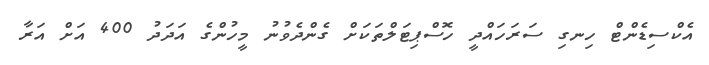
އެކްސިޑެންޓް ހިނގި ސަރަހައްދީ ހޮސްޕިޓަލްތަކަށް ގެންދެވުނު މީހުންގެ އަދަދު 400 އަށް އަރާ